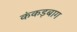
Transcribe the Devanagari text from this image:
कंकड़बाग